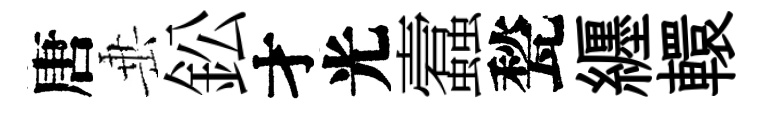
唐𡸁鈆才光蠧甃纒轘